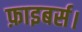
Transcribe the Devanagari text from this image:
फ़ाइबर्स।